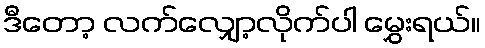
ဒီတော့ လက်လျှော့လိုက်ပါ မွှေးရယ်။